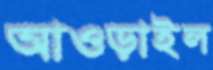
আওড়াইল